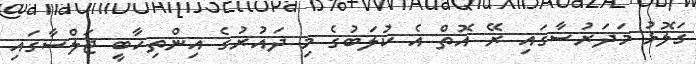
ގަލޮޅު މަދަރުސާގައި ރޭ އޮތް އެ ކުލަބުގެ މި ދައުރުގެ އިންތިޚާބީ ޖަލްސާގައި